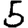
Digit: 5